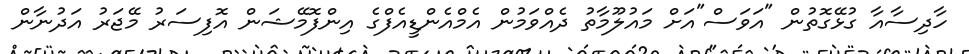
ހާދިސާއާ ގުޅޭގޮތުން "އަވަސް"އަށް މައުލޫމާތު ދެއްވަމުން އެމްއެންޑީއެފްގެ އިންފޮމޭޝަން އޮފިސަރު މޭޖަރު އަދުނާން